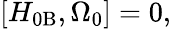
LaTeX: \left[H_{0\mathrm{B}},\Omega_{0}\right]=0,